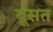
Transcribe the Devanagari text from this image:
यूसत